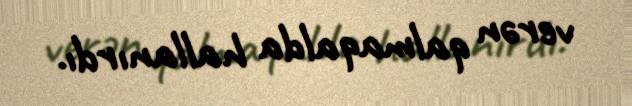
verən qalmaqalda hallanırdı.